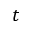
t